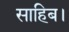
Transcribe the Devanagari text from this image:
साहिब।